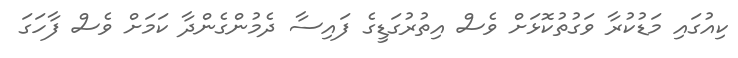
ކިއުގައި މަޑުކުރާ ވަގުތުކޮޅަށް ވެސް އިތުރުގަޑީގެ ފައިސާ ދެމުންގެންދާ ކަމަށް ވެސް ފާހަގަ